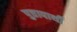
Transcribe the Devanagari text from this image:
पुत्तापार्थी